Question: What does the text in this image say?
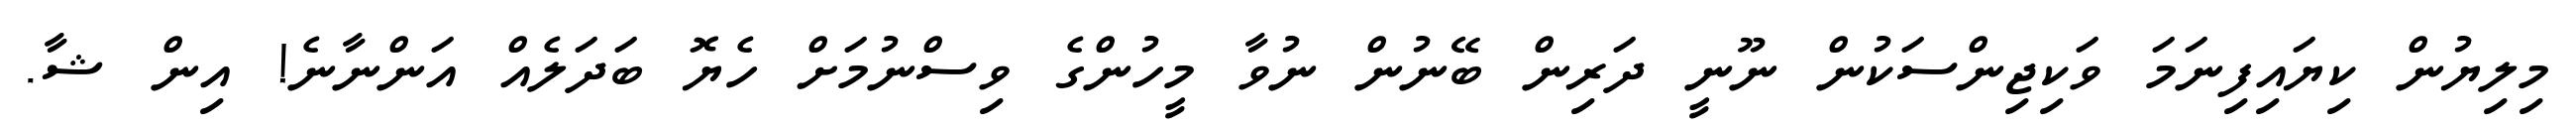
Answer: މިލިޔުން ކިޔައިފިނަމަ ވަކިޖިންސަކުން ނޫނީ ދަރިން ބޭނުން ނުވާ މީހުންގެ ވިސްނުމަށް ހެޔޮ ބަދަލެއް އަންނާނެ! އިން ޝާ.